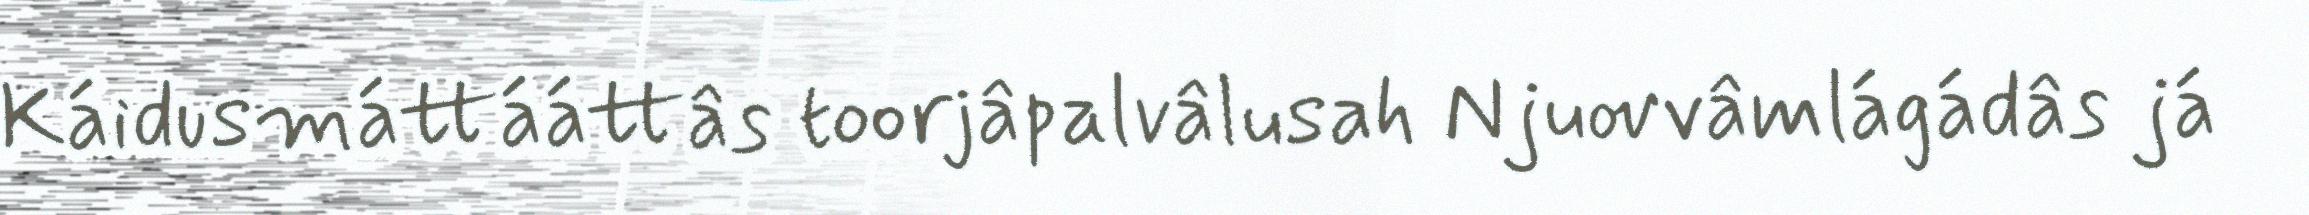
Káidusmáttááttâs toorjâpalvâlusah Njuovvâmlágádâs já